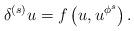
LaTeX: \begin{align*}\delta^{(s)}u= f\left(u,u^{\phi^s}\right).\end{align*}